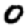
Digit: 0